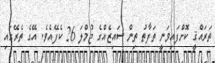
ތަރައްޤީ ކޮށްފައިވަނީ ތަފާތު ތިން ސައިޒެއްގެ ޖުމްލަ 26 ކެފޭއެވެ. އޭގެ ތެރޭގައި